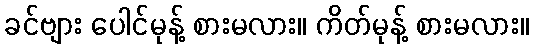
ခင်ဗျား ပေါင်မုန့် စားမလား။ ကိတ်မုန့် စားမလား။